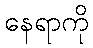
နေရာကို